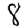
Digit: 8